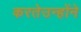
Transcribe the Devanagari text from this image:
करतेउन्होंने